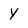
Character: y